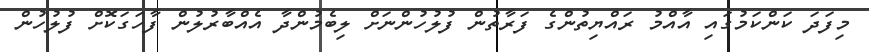
މިފަދަ ކަންކަމުގައި އާއްމު ރައްޔިތުންގެ ފަރާތުން ފުލުހުންނަށް ލިބެމުންދާ އެއްބާރުލުން ފާހަގަކޮށް ފުލުހުން